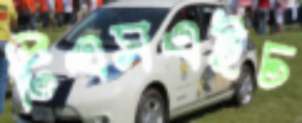
টিএসএইচ